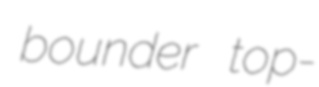
bounder top-